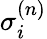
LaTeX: \sigma_{i}^{(n)}